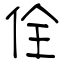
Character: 佺